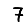
Digit: 7